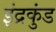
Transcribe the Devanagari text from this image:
इंद्रकुंड